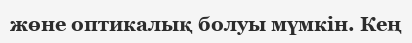
жөне оптикалық болуы мүмкін. Кең